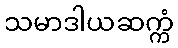
သမာဒါယဆက္ကံ